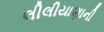
લીલીયાણાની